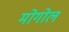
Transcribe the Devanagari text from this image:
मोगोल